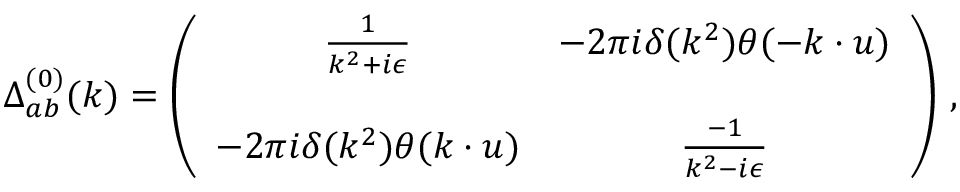
\Delta _ { a b } ^ { ( 0 ) } ( k ) = \left( \begin{array} { c c } { { \frac { 1 } { k ^ { 2 } + i \epsilon } } } & { { - 2 \pi i \delta ( k ^ { 2 } ) \theta ( - k \cdot u ) } } \\ { { } } & { { } } \\ { { - 2 \pi i \delta ( k ^ { 2 } ) \theta ( k \cdot u ) } } & { { \frac { - 1 } { k ^ { 2 } - i \epsilon } } } \end{array} \right) \, ,